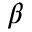
\beta